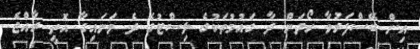
އިން ބޭސްފަރުވާ ހޯދަން ދާ ގައުމުތަކުގެ ލިސްޓުގެ ދެ ވަނައިގާ އޮތީ ރާއްޖެ